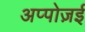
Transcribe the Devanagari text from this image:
अप्पोज़ई